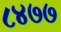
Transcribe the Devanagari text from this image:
८४७७